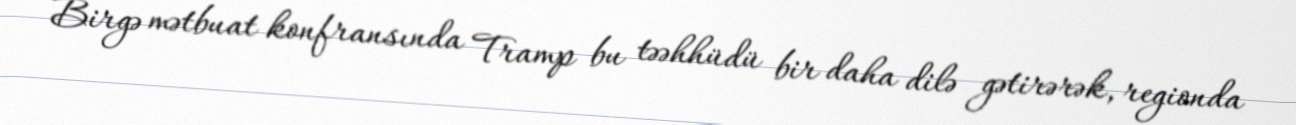
Birgə mətbuat konfransında Tramp bu təəhhüdü bir daha dilə gətirərək, regionda